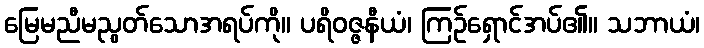
မြေမညီမညွတ်သောအရပ်ကို။ ပရိဝဇ္ဇနီယံ၊ ကြဉ်ရှောင်အပ်၏။ သဘာယံ၊